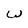
Character: W